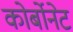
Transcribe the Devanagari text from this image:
कोर्बोनेट